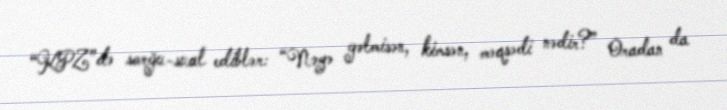
“KPZ”də sorğu-sual ediblər: “Nəyə gəlmisən, kimsən, məqsədi nədir?” Oradan da